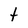
Character: t